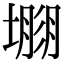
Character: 𡐐